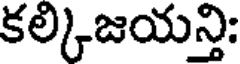
కల్కిజయన్తి: